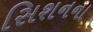
સિશનના